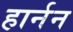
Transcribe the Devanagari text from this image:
हार्नन